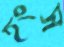
হংস